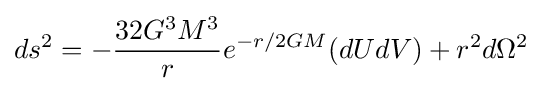
ds^{2}=-{\frac {32G^{3}M^{3}}{r}}e^{-r/2GM}(dUdV)+r^{2}d\Omega ^{2}